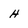
Character: H